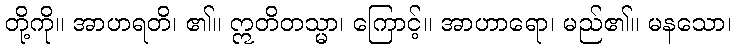
တို့ကို။ အာဟရတိ၊ ၏။ ဣတိတသ္မာ၊ ကြောင့်။ အာဟာရော၊ မည်၏။ မနသော၊